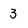
Character: 3